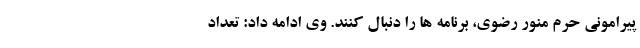
پیرامونی حرم منور رضوی، برنامه ها را دنبال کنند. وی ادامه داد: تعداد